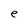
Character: e